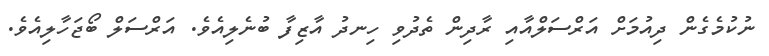
ނުކުމެގެން ދިއުމަށް އަރްސަލްއާއި ރާދިން ތެދުވި ހިނދު އާޒިފާ ބުނެލިއެވެ. އަރްސަލް ބޯޖަހާލިއެވެ.